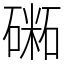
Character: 𥕝